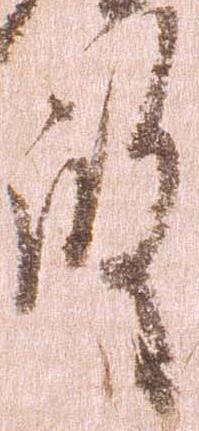
殿